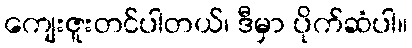
ကျေးဇူးတင်ပါတယ်၊ ဒီမှာ ပိုက်ဆံပါ။